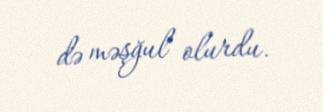
də məşğul olurdu.